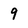
Character: 9